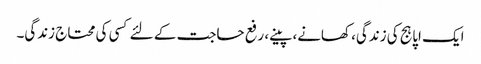
ایک اپاہج کی زندگی، کھانے، پینے، رفع حاجت کے لئے کسی کی محتاج زندگی۔